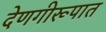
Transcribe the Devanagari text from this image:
देणगीरूपात